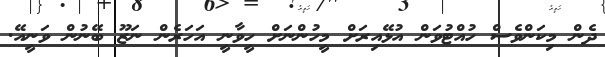
ދެން މިކަންވެސް ހުއްޓުވަން އުޅޭއިރަށް މީހުންނަށް ހީވާނީ އަހަރެން ނަޒޫ ބޭނުން ވަނީއޭ.